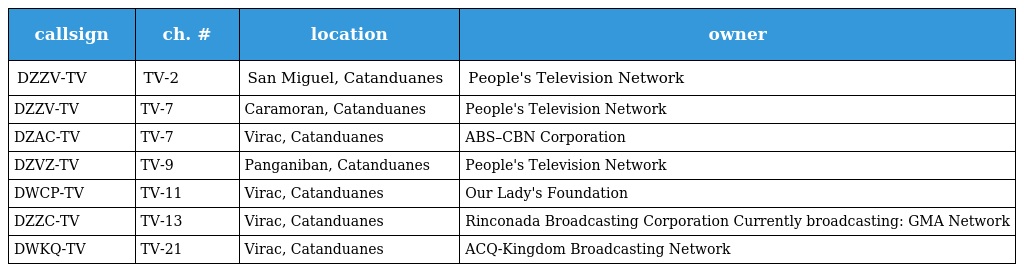
| callsign | ch. # | location | owner |
 | --- | --- | --- | --- |
 | DZZV-TV | TV-2 | San Miguel, Catanduanes | People's Television Network |
 | DZZV-TV | TV-7 | Caramoran, Catanduanes | People's Television Network |
 | DZAC-TV | TV-7 | Virac, Catanduanes | ABS–CBN Corporation |
 | DZVZ-TV | TV-9 | Panganiban, Catanduanes | People's Television Network |
 | DWCP-TV | TV-11 | Virac, Catanduanes | Our Lady's Foundation |
 | DZZC-TV | TV-13 | Virac, Catanduanes | Rinconada Broadcasting Corporation Currently broadcasting: GMA Network |
 | DWKQ-TV | TV-21 | Virac, Catanduanes | ACQ-Kingdom Broadcasting Network |